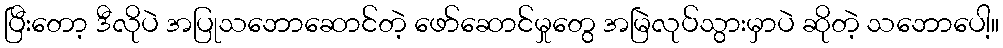
ပြီးတော့ ဒီလိုပဲ အပြုသဘောဆောင်တဲ့ ဖော်ဆောင်မှုတွေ အမြဲလုပ်သွားမှာပဲ ဆိုတဲ့ သဘောပေါ့။